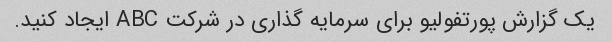
یک گزارش پورتفولیو برای سرمایه گذاری در شرکت ABC ایجاد کنید.